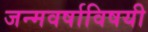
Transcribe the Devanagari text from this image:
जन्मवर्षाविषयी